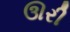
ઊરી